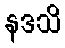
နဒသိ